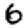
Digit: 6